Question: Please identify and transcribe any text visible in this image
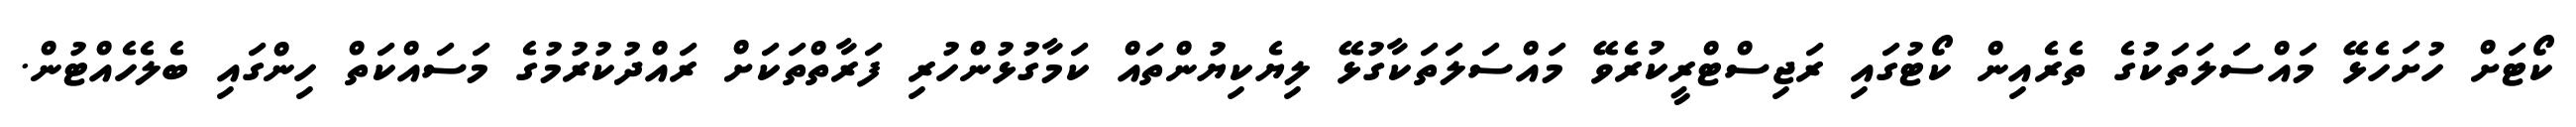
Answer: ކޯޓަށް ހުށަހެޅޭ މައްސަލަތަކުގެ ތެރެއިން ކޯޓުގައި ރަޖިސްޓްރީކުރެވޭ މައްސަލަތަކާގުޅޭ ލިޔެކިޔުންތައް ކަމާގުޅުންހުރި ފަރާތްތަކަށް ރައްދުކުރުމުގެ މަސައްކަތް ހިންގައި ބެލެހެއްޓުން.